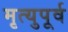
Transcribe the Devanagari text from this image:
मृत्युपूर्व